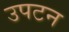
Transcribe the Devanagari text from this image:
उपटन